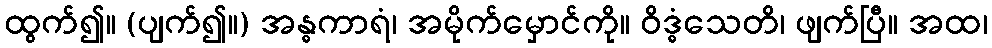
ထွက်၍။ (ပျက်၍။) အန္ဓကာရံ၊ အမိုက်မှောင်ကို။ ဝိဒ္ဓံသေတိ၊ ဖျက်ပြီ။ အထ၊